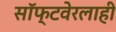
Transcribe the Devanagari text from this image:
सॉफ्टवेरलाही